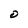
Character: O